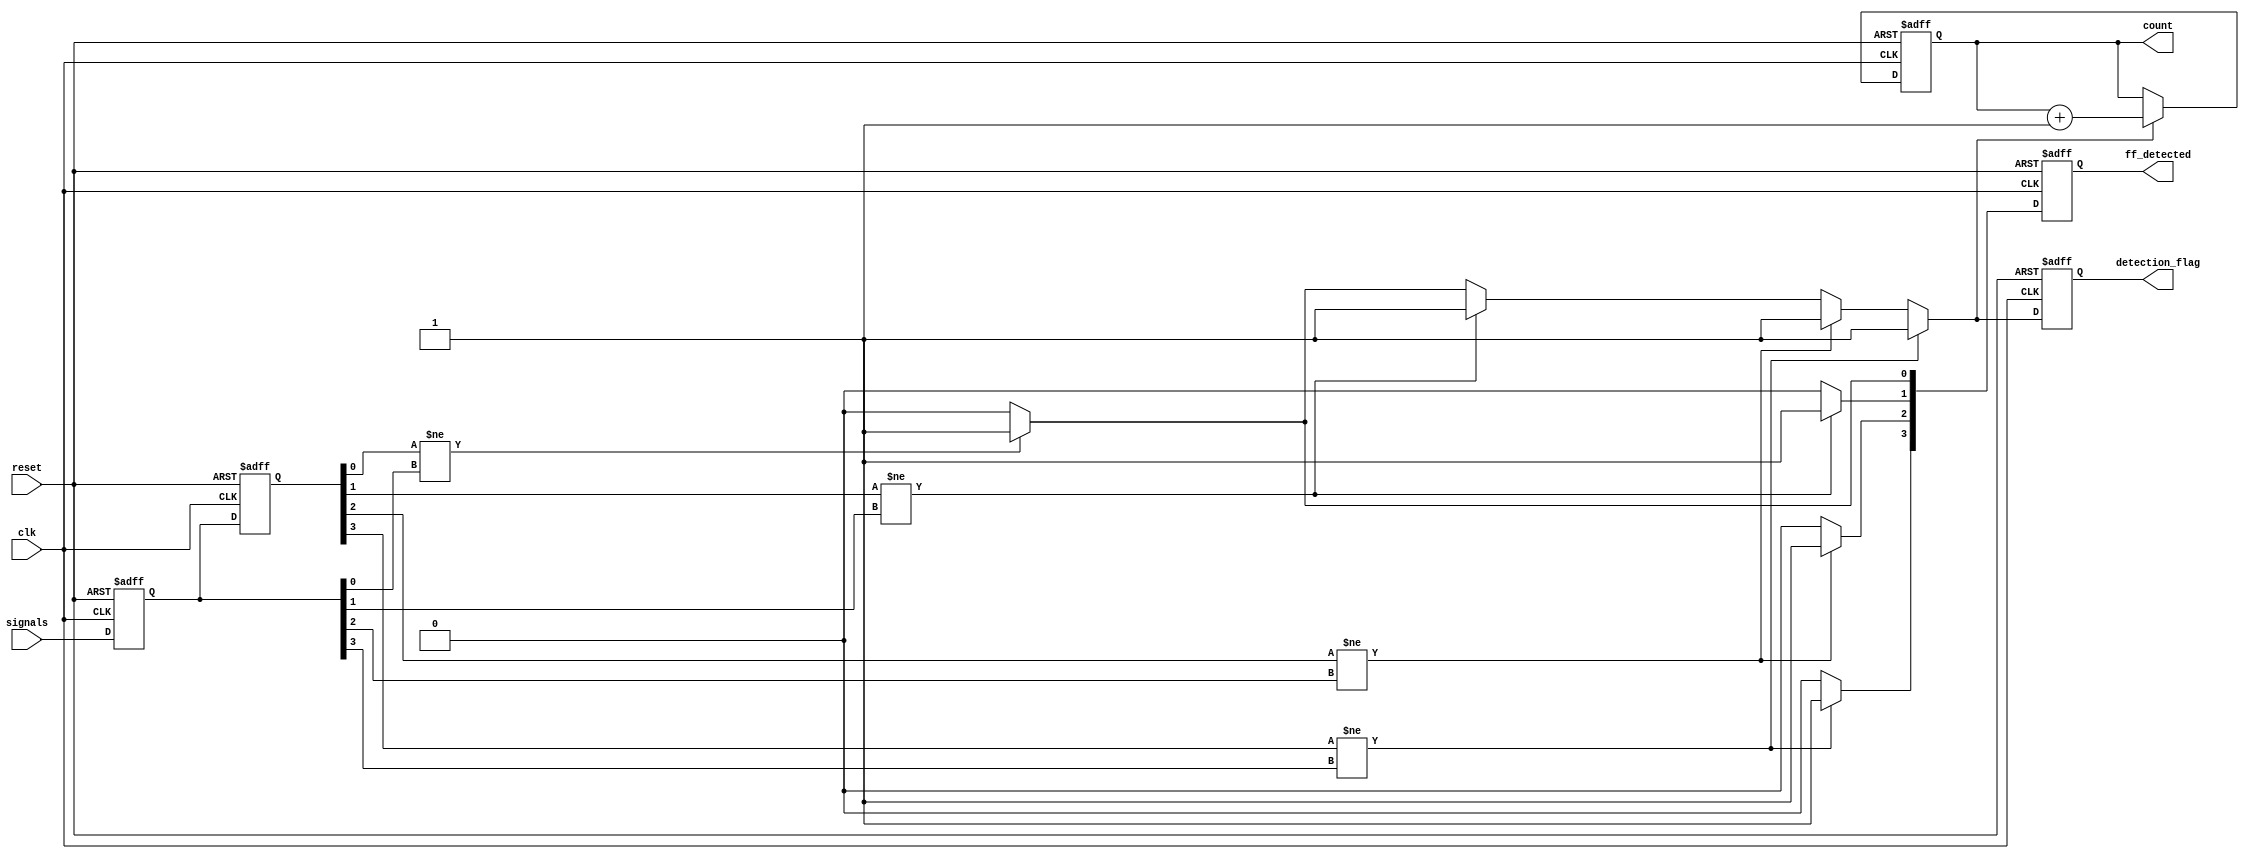
module flip_flop_detector #(
    parameter NUM_SIGNALS = 4, // Number of signals to monitor
    parameter MEM_DEPTH = 2     // Depth of memory blocks (2 for current and previous state)
)(
    input wire clk,                       // Clock signal
    input wire reset,                     // Reset signal
    input wire [NUM_SIGNALS-1:0] signals, // Input signals
    output reg [NUM_SIGNALS-1:0] ff_detected, // Detected flip-flops
    output reg [7:0] count,               // Count of detected flip-flops
    output reg detection_flag              // Detection flag
);

    // Memory blocks to store current and previous states
    reg [NUM_SIGNALS-1:0] mem [0:MEM_DEPTH-1]; // Memory blocks

    // Initial states
    integer i;
    initial begin
        count = 0;
        detection_flag = 0;
        ff_detected = 0;
    end

    // Process to capture states at each clock edge
    always @(posedge clk or posedge reset) begin
        if (reset) begin
            // Reset memory and counters
            for (i = 0; i < MEM_DEPTH; i = i + 1) begin
                mem[i] <= 0;
            end
            count <= 0;
            detection_flag <= 0;
            ff_detected <= 0;
        end else begin
            // Shift memory states
            mem[1] <= mem[0]; // Previous state becomes current
            mem[0] <= signals; // Capture current signals

            // Detection logic
            detection_flag = 0;
            for (i = 0; i < NUM_SIGNALS; i = i + 1) begin
                if (mem[1][i] != mem[0][i]) begin // Check for state change
                    ff_detected[i] = 1; // Signal detected as flip-flop
                    detection_flag = 1; // Set detection flag
                end else begin
                    ff_detected[i] = 0; // No flip-flop detected
                end
            end

            // Update count if detection occurred
            if (detection_flag) begin
                count <= count + 1;
            end
        end
    end

endmodule